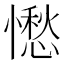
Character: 𱟓